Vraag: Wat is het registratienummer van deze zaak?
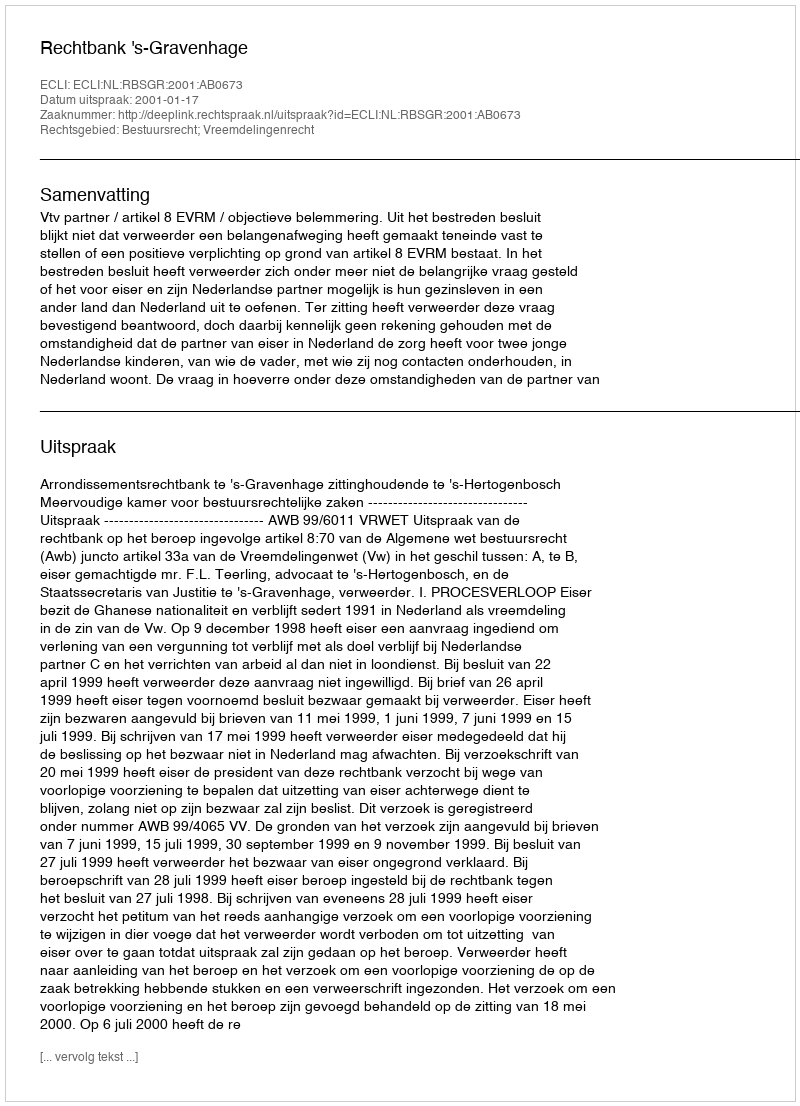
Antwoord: http://deeplink.rechtspraak.nl/uitspraak?id=ECLI:NL:RBSGR:2001:AB0673